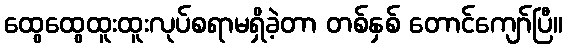
ထွေထွေထူးထူးလုပ်စရာမရှိခဲ့တာ တစ်နှစ် တောင်ကျော်ပြီ။